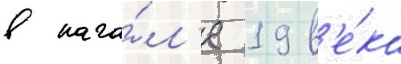
в нача́л'е 19 в'е́ка